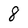
Character: 8